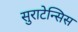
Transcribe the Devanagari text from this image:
सुराटेन्सिस